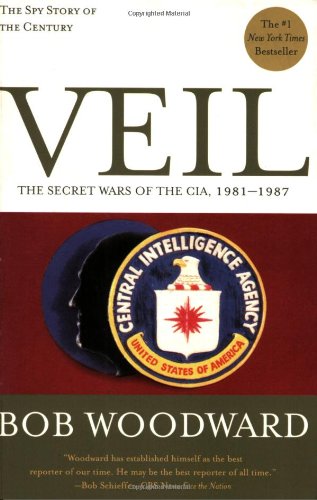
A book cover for Veil: The Secret Wars of the CIA, 1981-1987; Bob Woodward; Biographies & Memoirs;